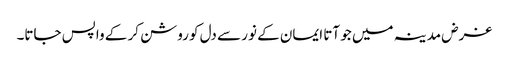
غرض مدینہ میں جو آتا ایمان کے نور سے دل کو روشن کر کے واپس جاتا۔